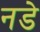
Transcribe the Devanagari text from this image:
नडे